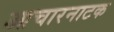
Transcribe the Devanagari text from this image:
आचारनाटक